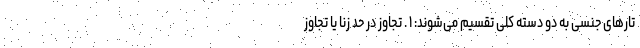
تارهای جنسی به دو دسته کلی تقسیم می‌شوند: ۱ . تجاوز در حد زنا یا تجاوز